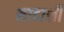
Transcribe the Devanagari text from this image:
नादाशी